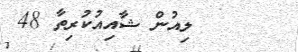
ލިއުން ޝާއިއުކުރިތާ 48